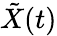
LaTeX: \tilde{X}(t)